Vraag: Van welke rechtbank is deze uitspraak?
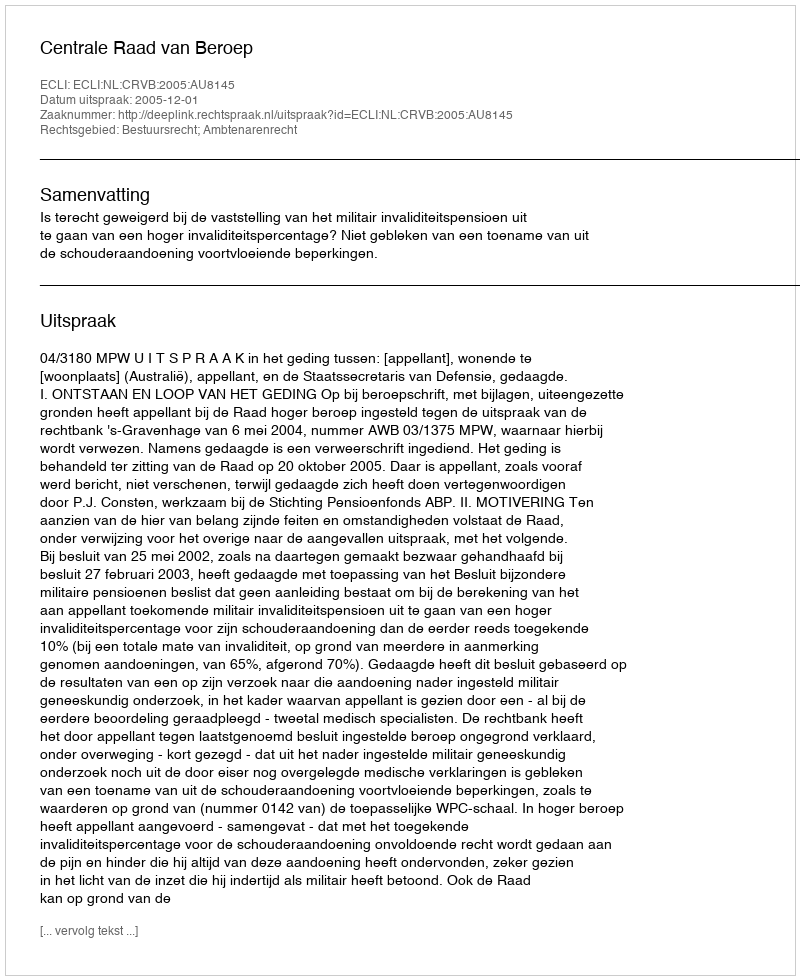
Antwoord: Centrale Raad van Beroep